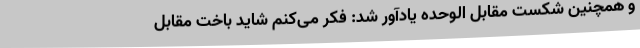
و همچنین شکست مقابل الوحده یادآور شد: فکر می‌کنم شاید باخت مقابل